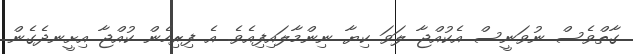
ގާތްވެސް ނުވަނީސް އެކުއްޖާ ލަވަ ކިޔާ ނިންމާލައިފިއެވެ. އެ ފިރިހެން ކުއްޖާ އިށީނދެގެން